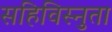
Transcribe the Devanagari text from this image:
सहिविस्नुता